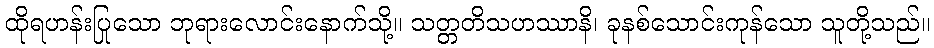
ထိုရဟန်းပြုသော ဘုရားလောင်းနောက်သို့။ သတ္တတိသဟဿာနိ၊ ခုနစ်သောင်းကုန်သော သူတို့သည်။